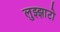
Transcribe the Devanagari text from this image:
लुझ्झाटो